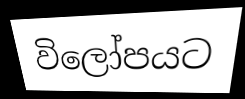
විලෝපයට